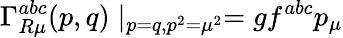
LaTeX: \Gamma_{R\mu}^{abc}(p,q)\mid_{p=q,p^{2}=\mu^{2}}=gf^{abc}p_{\mu}